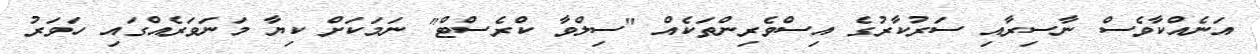
އަނެއްކާވެސް ނާސިރާއި ސަރުކާރުގެ އިސްވެރިންތަކެއް "ސިލްވާ ކްރެސްޓް" ނަމަކަށް ކިޔާ މަނަވަރެއްގައި ހަވަރު